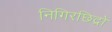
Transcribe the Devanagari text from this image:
निगिरछिद्रों